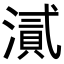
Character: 𭲘